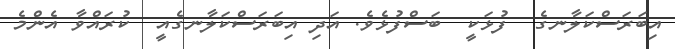
އިބަރަސްކަލާނގެ  ފުޅަކީ  ބަސްފުޅެވެ. އަދި އިބަރަސްކަލާނގެއީ  ކުރައްވާ އެންމެ